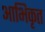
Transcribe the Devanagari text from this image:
आभिकृत